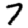
Digit: 7